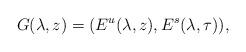
LaTeX: \begin{align*}G(\lambda,z)=(E^u(\lambda,z),E^s(\lambda,\tau)),\end{align*}